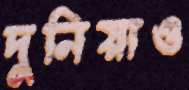
দুনিয়াও